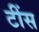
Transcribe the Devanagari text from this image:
टींस